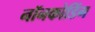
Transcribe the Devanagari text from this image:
नॉनकोडिंग